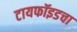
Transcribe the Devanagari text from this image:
टायफॉइडचा